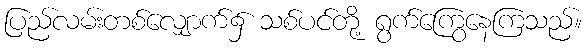
ပြည်လမ်းတစ်လျှောက်၌ သစ်ပင်တို့ ရွက်ကြွေနေကြသည်။